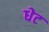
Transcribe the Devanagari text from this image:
धेट